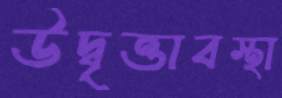
উদ্বৃত্তাবস্থা